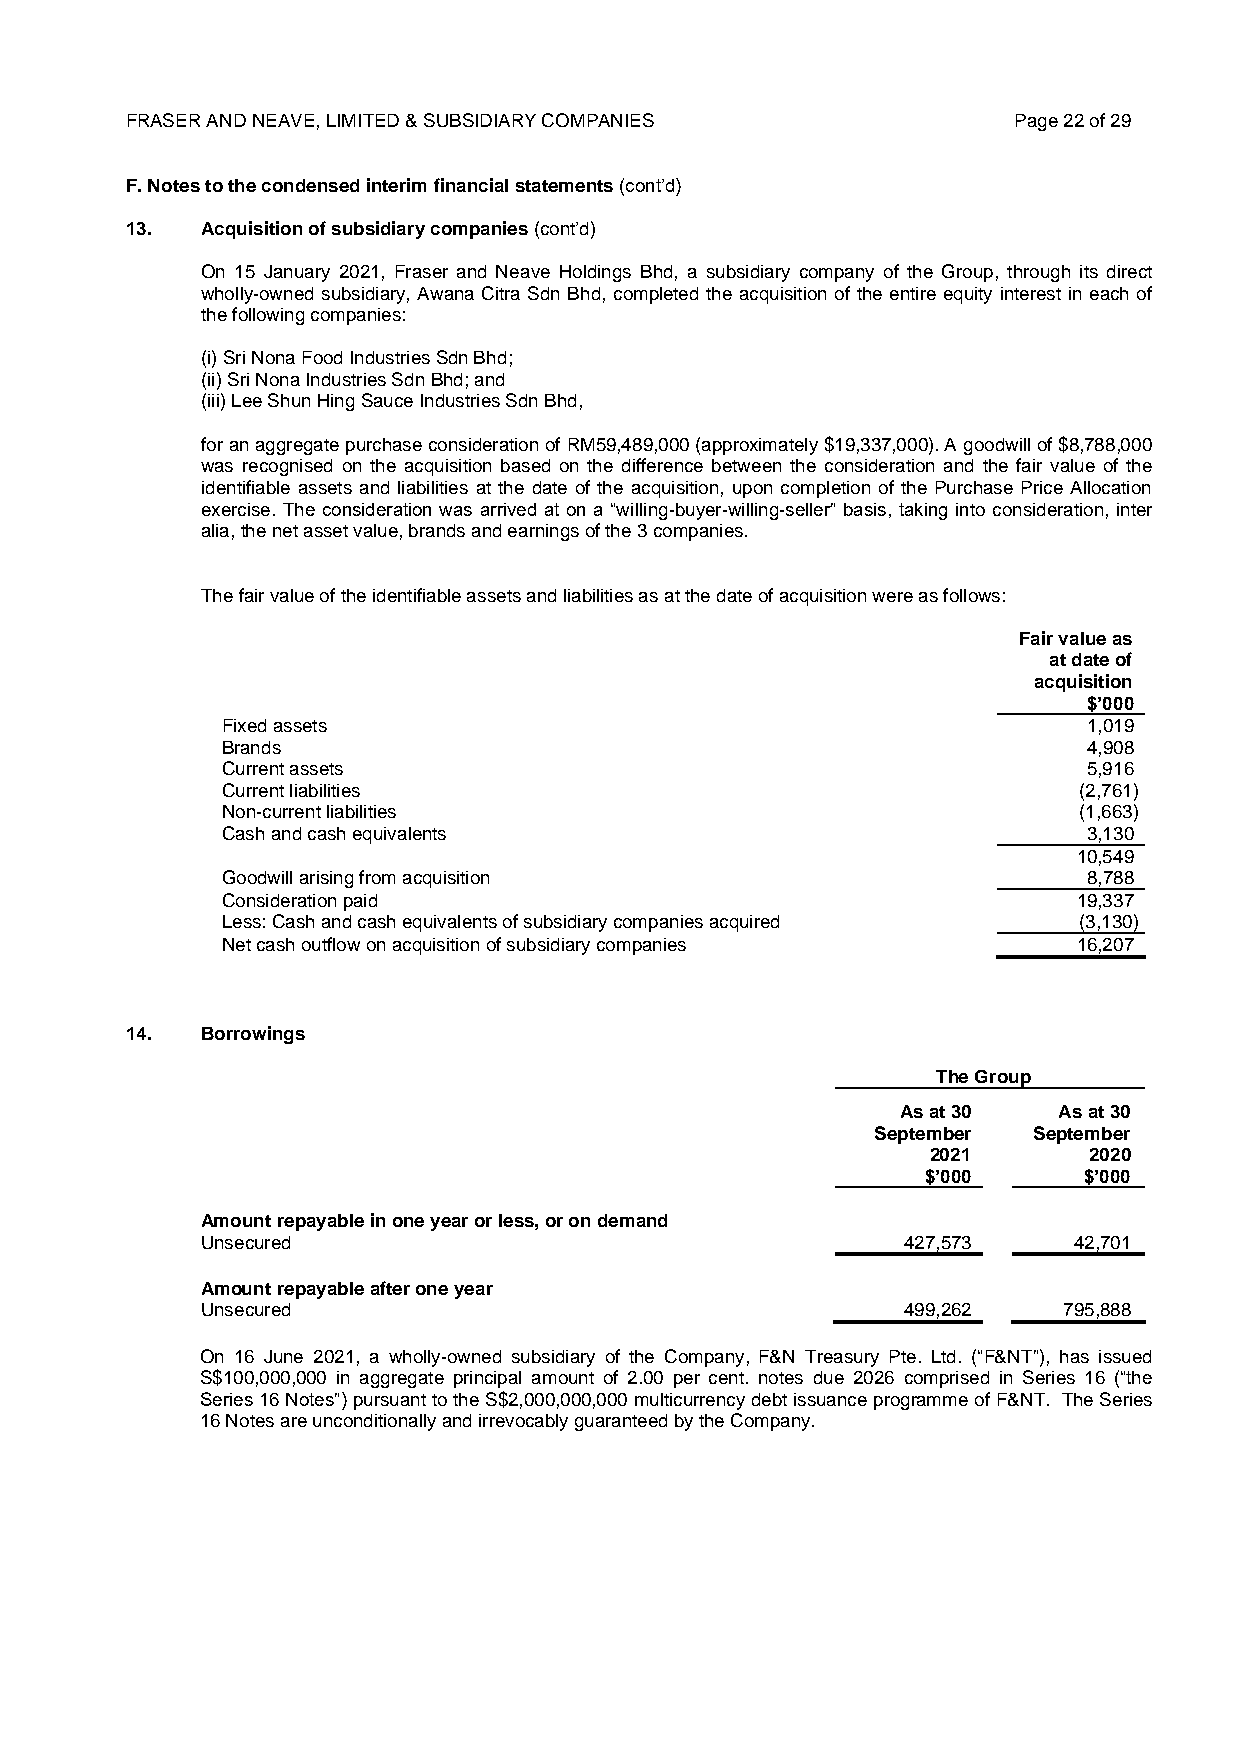
FRASER AND NEAVE, LIMITED & SUBSIDIARY COMPANIES           Page 22 of 29
 F. Notes to the condensed interim financial statements (cont’d)
 13.  Acquisition of subsidiary companies (cont’d)
 On 15 January 2021, Fraser and Neave Holdings Bhd, a subsidiary company of the Group, through its direct
 wholly-owned subsidiary, Awana Citra Sdn Bhd, completed the acquisition of the entire equity interest in each of
 the following companies:
 (i) Sri Nona Food Industries Sdn Bhd;
 (ii) Sri Nona Industries Sdn Bhd; and
 (iii) Lee Shun Hing Sauce Industries Sdn Bhd,
 for an aggregate purchase consideration of RM59,489,000 (approximately $19,337,000). A goodwill of $8,788,000
 was recognised on the acquisition based on the difference between the consideration and the fair value of the
 identifiable assets and liabilities at the date of the acquisition, upon completion of the Purchase Price Allocation
 exercise. The consideration was arrived at on a “willing-buyer-willing-seller” basis, taking into consideration, inter
 alia, the net asset value, brands and earnings of the 3 companies.
 The fair value of the identifiable assets and liabilities as at the date of acquisition were as follows:
 Fair value as
 at date of
 acquisition
 $’000
 Fixed assets                                             1,019
 Brands                                                   4,908
 Current assets                                           5,916
 Current liabilities                                     (2,761)
 Non-current liabilities                                 (1,663)
 Cash and cash equivalents                                3,130
 10,549
 Goodwill arising from acquisition                        8,788
 Consideration paid                                      19,337
 Less: Cash and cash equivalents of subsidiary companies acquired (3,130)
 Net cash outflow on acquisition of subsidiary companies 16,207
 14.  Borrowings
 The Group
 As at 30  As at 30
 September September
 2021      2020
 $’000      $’000
 Amount repayable in one year or less, or on demand
 Unsecured                                      427,573    42,701
 Amount repayable after one year
 Unsecured                                      499,262   795,888
 On 16 June 2021, a wholly-owned subsidiary of the Company, F&N Treasury Pte. Ltd. (“F&NT”), has issued
 S$100,000,000 in aggregate principal amount of 2.00 per cent. notes due 2026 comprised in Series 16 (“the
 Series 16 Notes”) pursuant to the S$2,000,000,000 multicurrency debt issuance programme of F&NT. The Series
 16 Notes are unconditionally and irrevocably guaranteed by the Company.